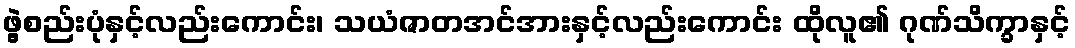
ဖွဲ့စည်းပုံနှင့်လည်းကောင်း၊ သယံဇာတအင်အားနှင့်လည်းကောင်း ထိုလူ၏ ဂုဏ်သိက္ခာနှင့်